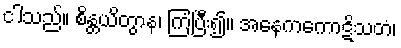
ငါသည်။ စိန္တယိတွာန၊ ကြံပြီး၍။ အနေကကောဋိသတံ၊